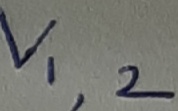
Text: V1,2